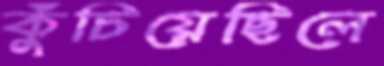
কুঁচিয়েছিলে